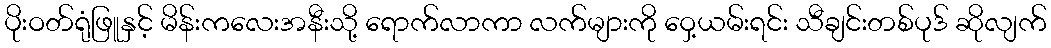
ပိုးဝတ်ရုံဖြူနှင့် မိန်းကလေးအနီးသို့ ရောက်လာကာ လက်များကို ဝှေ့ယမ်းရင်း သီချင်းတစ်ပုဒ် ဆိုလျက်